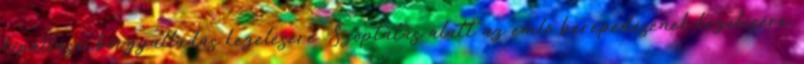
kipállása, bőrgyulladás kezelésére. Szoptatás alatt az emlő berepedésének kezelésére.